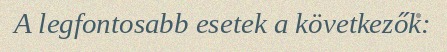
A legfontosabb esetek a következők: